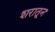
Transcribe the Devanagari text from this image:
शरातून